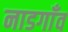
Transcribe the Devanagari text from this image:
नाडगाँव